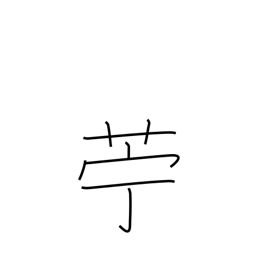
Meaning: flax